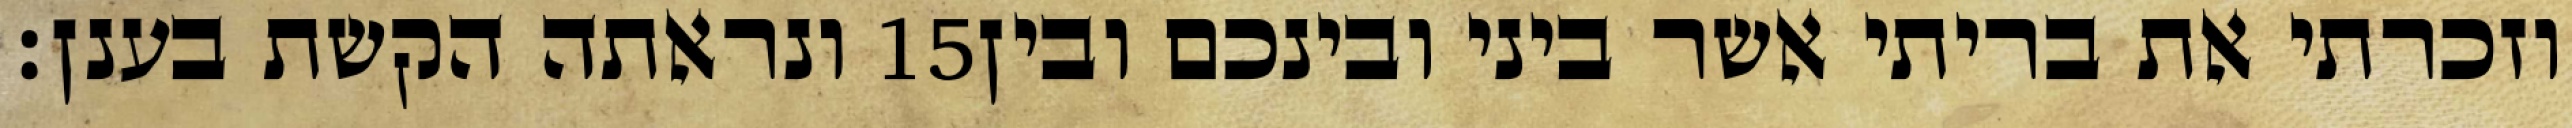
ונראתה הקשת בענן׃ ‎15‏ וזכרתי את בריתי אשר ביני ובינכם ובין